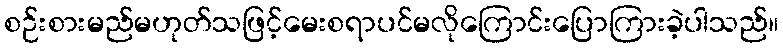
စဉ်းစားမည်မဟုတ်သဖြင့်မေးစရာပင်မလိုကြောင်းပြောကြားခဲ့ပါသည်။